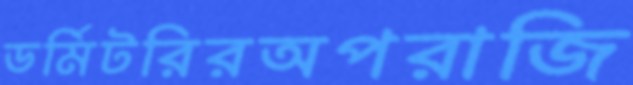
ডর্মিটরিরঅপরাজি